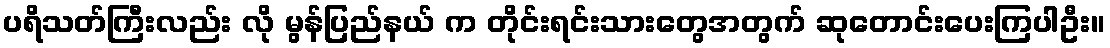
ပရိသတ်ကြီးလည်း လို မွန်ပြည်နယ် က တိုင်းရင်းသားတွေအတွက် ဆုတောင်းပေးကြပါဦး။